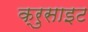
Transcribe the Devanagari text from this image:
क्रुसाइट